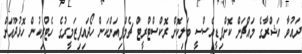
ދައުވާ އަޝްރާގެ މައްޗަށް ކޮށްފިޑީއެސްސީ ބަލިކޮށް ރޮކްސްޓްރީޓް ޗެމްޕިއަންކަން ހޯދައިފިޒަމީރުގެ ހެޓްރިކުން ހޮޅުދޫއަށް